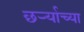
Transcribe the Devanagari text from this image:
छर्ऱ्याच्या